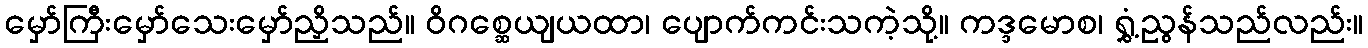
မှော်ကြီးမှော်သေးမှော်ညှိသည်။ ဝိဂစ္ဆေယျယထာ၊ ပျောက်ကင်းသကဲ့သို့။ ကဒ္ဒမောစ၊ ရွှံ့ညွန်သည်လည်း။